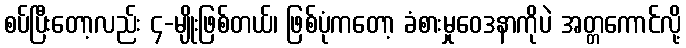
စပ်ပြီးတော့လည်း ၄-မျိုးဖြစ်တယ်၊ ဖြစ်ပုံကတော့ ခံစားမှုဝေဒနာကိုပဲ အတ္တကောင်လို့